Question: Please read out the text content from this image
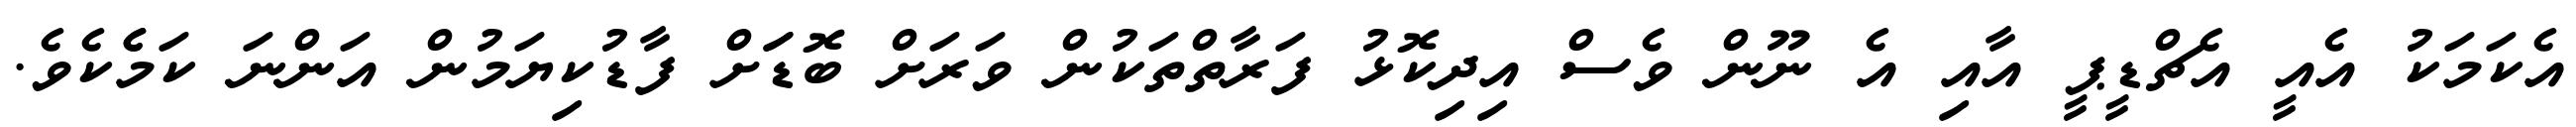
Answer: އެކަމަކު އެއީ އެޗްޑީޕީ އާއި އެ ނޫން ވެސް އިދިކޮޅު ފަރާތްތަކުން ވަރަށް ބޮޑަަށް ފާޑުކިޔަމުން އަންނަ ކަމެެކެވެ.